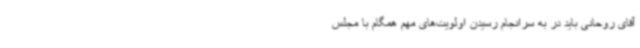
آقای روحانی باید در به سرانجام رسیدن اولویت‌های مهم همگام با مجلس